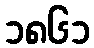
၁၈၆၁